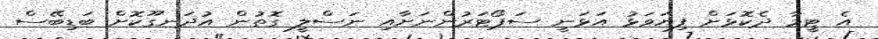
އެ ޓީމާ ދެކޮޅަށް ފިޔަވަޅު އަޅަނީ ސަޕޯޓަރުންނަށާއި ނަސްލީ ގޮތުން އުދަނގޫކޮށް ބަޑިބޭސް